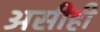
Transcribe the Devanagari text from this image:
असीही